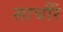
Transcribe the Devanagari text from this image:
साचौँर